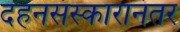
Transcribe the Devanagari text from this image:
दहनसंस्कारानंतर